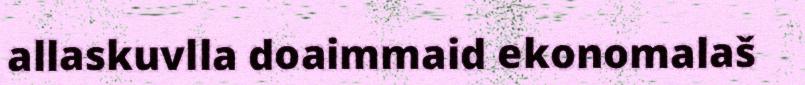
allaskuvlla doaimmaid ekonomalaš